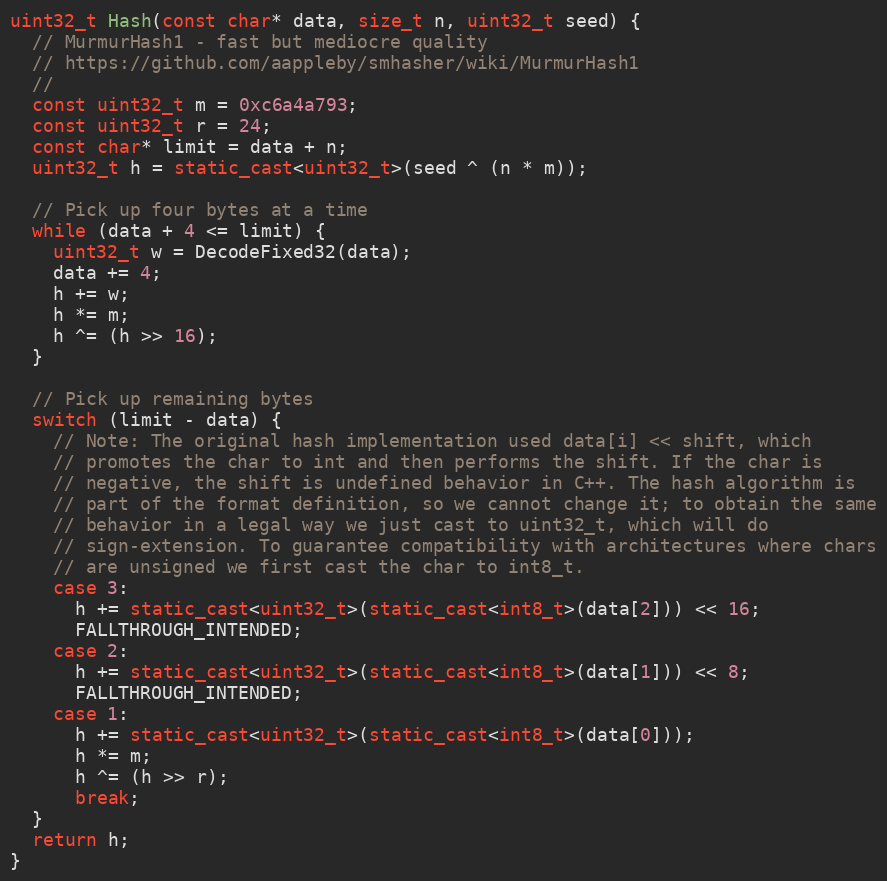
Language: C++
uint32_t Hash(const char* data, size_t n, uint32_t seed) {
  // MurmurHash1 - fast but mediocre quality
  // https://github.com/aappleby/smhasher/wiki/MurmurHash1
  //
  const uint32_t m = 0xc6a4a793;
  const uint32_t r = 24;
  const char* limit = data + n;
  uint32_t h = static_cast<uint32_t>(seed ^ (n * m));

  // Pick up four bytes at a time
  while (data + 4 <= limit) {
    uint32_t w = DecodeFixed32(data);
    data += 4;
    h += w;
    h *= m;
    h ^= (h >> 16);
  }

  // Pick up remaining bytes
  switch (limit - data) {
    // Note: The original hash implementation used data[i] << shift, which
    // promotes the char to int and then performs the shift. If the char is
    // negative, the shift is undefined behavior in C++. The hash algorithm is
    // part of the format definition, so we cannot change it; to obtain the same
    // behavior in a legal way we just cast to uint32_t, which will do
    // sign-extension. To guarantee compatibility with architectures where chars
    // are unsigned we first cast the char to int8_t.
    case 3:
      h += static_cast<uint32_t>(static_cast<int8_t>(data[2])) << 16;
      FALLTHROUGH_INTENDED;
    case 2:
      h += static_cast<uint32_t>(static_cast<int8_t>(data[1])) << 8;
      FALLTHROUGH_INTENDED;
    case 1:
      h += static_cast<uint32_t>(static_cast<int8_t>(data[0]));
      h *= m;
      h ^= (h >> r);
      break;
  }
  return h;
}